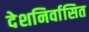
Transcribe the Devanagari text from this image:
देशनिर्वासित